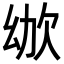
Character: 𣢜